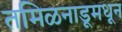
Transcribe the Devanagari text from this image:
तमिळनाडूमधून